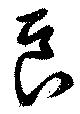
良